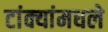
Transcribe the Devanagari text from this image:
टांक्यांमधले